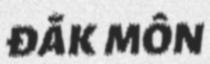
ĐẮK MÔN